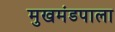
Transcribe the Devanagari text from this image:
मुखमंडपाला